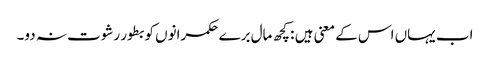
اب یہاں اس کے معنی ہیں : کچھ مال برے حکمرانوں کو بطور رشوت نہ دو۔